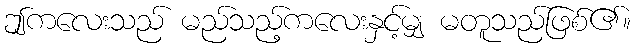
ဤကလေးသည် မည်သည့်ကလေးနှင့်မျှ မတူသည်ဖြစ်၏။